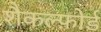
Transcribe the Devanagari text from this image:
शैकल्फ़ोर्ड